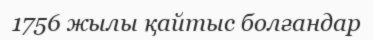
1756 жылы қайтыс болғандар